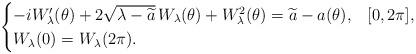
LaTeX: \begin{align*}\begin{cases} -i W_\lambda'(\theta)+2\sqrt{\lambda-\widetilde a}\,W_\lambda(\theta)+W_\lambda^2(\theta)=\widetilde a-a(\theta),&[0,2\pi],\\W_\lambda(0)= W_\lambda(2\pi).&\end{cases}\end{align*}